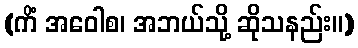
(ကိံ အဝေါစ၊ အဘယ်သို့ ဆိုသနည်း။)